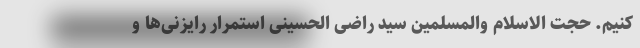
کنیم.‌ ‌حجت الاسلام والمسلمین سید راضی الحسینی استمرار رایزنی‌ها و